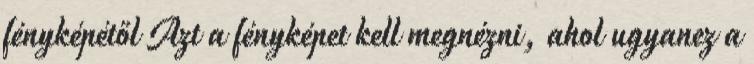
fényképétől Azt a fényképet kell megnézni, ahol ugyanez a